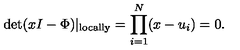
\det ( x I - \Phi ) | _ { \mathrm { l o c a l l y } } = \prod _ { i = 1 } ^ { N } ( x - u _ { i } ) = 0 .